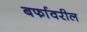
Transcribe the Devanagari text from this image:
बर्फावरील